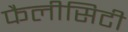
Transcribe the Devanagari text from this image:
फैलीसिटी